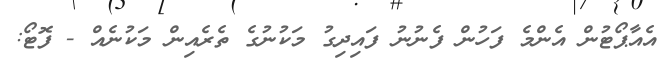
އެއާޕޯޓުން އެންމެ ފަހުން ފެނުނު ފައިދިގު މަކުނުގެ ތެރެއިން މަކުނެއް - ފޮޓޯ: